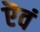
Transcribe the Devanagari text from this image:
ऎवं